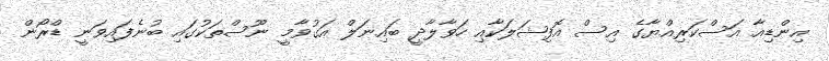
އިންޑިއާ އަސްކަރިއްޔާގެ އިސް އޮފިޝަލަކާއި ހަވާލާދީ ބައިނަލް އަގުވާމީ ނޫސްތަކުގައި ބުނެފައިވަނީ ޑްރޯން